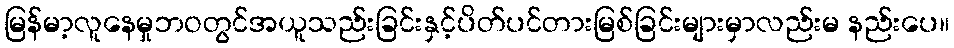
မြန်မာ့လူနေမှုဘဝတွင်အယူသည်းခြင်းနှင့်ပိတ်ပင်တားမြစ်ခြင်းများမှာလည်းမ နည်းပေ။